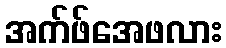
အက်ဖ်အေဖလား